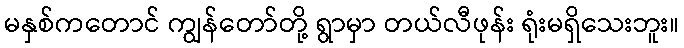
မနှစ်ကတောင် ကျွန်တော်တို့ ရွာမှာ တယ်လီဖုန်း ရုံးမရှိသေးဘူး။